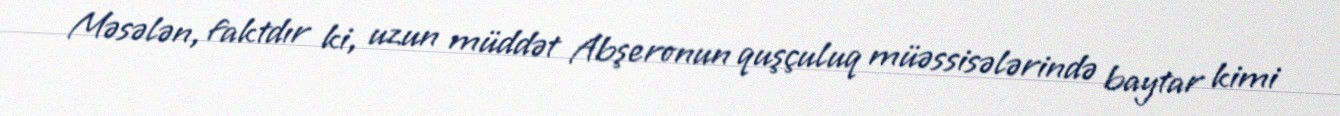
Məsələn, faktdır ki, uzun müddət Abşeronun quşçuluq müəssisələrində baytar kimi